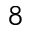
8